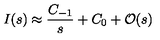
I ( s ) \approx \frac { C _ { - 1 } } { s } + C _ { 0 } + \mathcal { O } ( s )